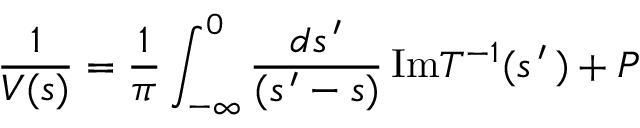
\frac { 1 } { { \cal V } ( s ) } = \frac { 1 } { \pi } \int _ { - \infty } ^ { 0 } \frac { d s ^ { \, \prime } } { ( s ^ { \, \prime } - s ) } \, \mathrm { I m } T ^ { - 1 } ( s ^ { \, \prime } \, ) + P